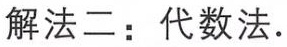
解法二：代数法.